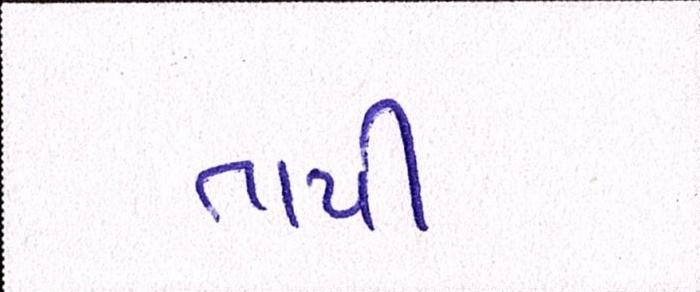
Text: તાપી